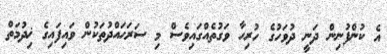
އެ ކުންފުނިން ދަނީ ދުވަހުގެ ހުރިހާ ވަގުތެއްގައިވެސް މި ސަރަޙައްދުތަކުން ވައިފައިގެ ޚިދުމަތް